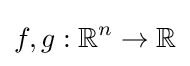
f,g:\mathbb {R} ^{n}\to \mathbb {R}